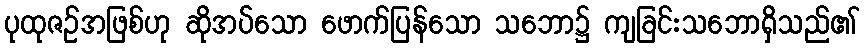
ပုထုဇဉ်အဖြစ်ဟု ဆိုအပ်သော ဖောက်ပြန်သော သဘော၌ ကျခြင်းသဘောရှိသည်၏